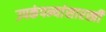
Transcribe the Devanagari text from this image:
उपकंपन्यांसारखी